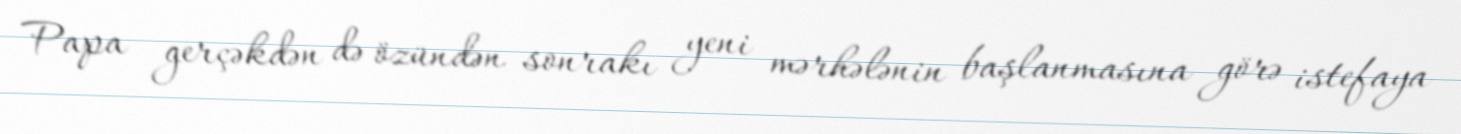
Papa gerçəkdən də özündən sonrakı yeni mərhələnin başlanmasına görə istefaya